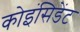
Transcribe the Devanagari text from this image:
कोइंसिडेंट